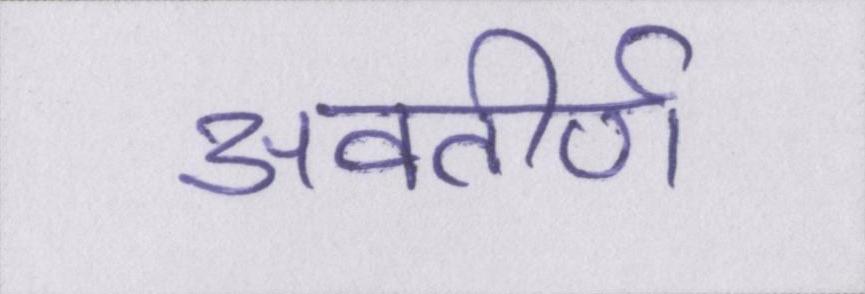
अवतीर्ण